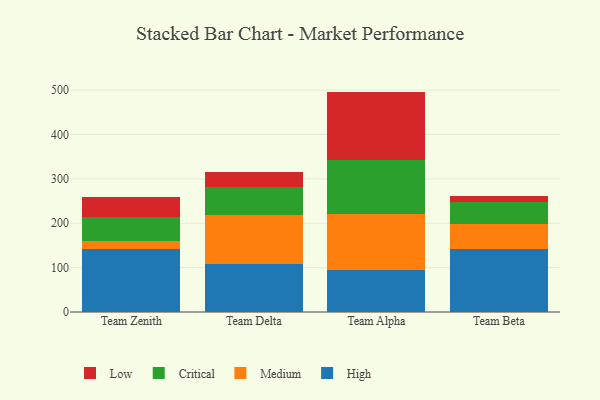
{"axis": {"x": "Team", "y": "Population (Million)"}, "legend": ["Critical", "High", "Low", "Medium"], "data": [{"x": "Team Zenith", "y": 141.4, "type": "High"}, {"x": "Team Zenith", "y": 17.7, "type": "Medium"}, {"x": "Team Zenith", "y": 53.9, "type": "Critical"}, {"x": "Team Zenith", "y": 45.9, "type": "Low"}, {"x": "Team Delta", "y": 108.5, "type": "High"}, {"x": "Team Delta", "y": 110.5, "type": "Medium"}, {"x": "Team Delta", "y": 63.7, "type": "Critical"}, {"x": "Team Delta", "y": 32.7, "type": "Low"}, {"x": "Team Alpha", "y": 95.2, "type": "High"}, {"x": "Team Alpha", "y": 125.9, "type": "Medium"}, {"x": "Team Alpha", "y": 122.1, "type": "Critical"}, {"x": "Team Alpha", "y": 153.4, "type": "Low"}, {"x": "Team Beta", "y": 141.5, "type": "High"}, {"x": "Team Beta", "y": 57.1, "type": "Medium"}, {"x": "Team Beta", "y": 48.3, "type": "Critical"}, {"x": "Team Beta", "y": 14.3, "type": "Low"}]}